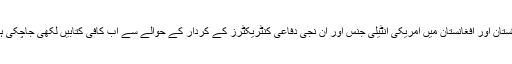
پاکستان اور افغانستان میں امریکی انٹیلی جنس اور ان نجی دفاعی کنٹریکٹرز کے کردار کے حوالے سے اب کافی کتابیں لکھی جاچکی ہیں۔